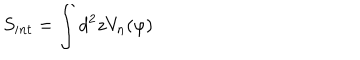
LaTeX: S _ { i n t } = \int d ^ { 2 } z V _ { n } ( \varphi )